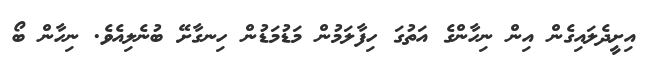
އިށީދެލައިގެން އިން ނިހާންގެ އަތުގަ ހިފާލަމުން މަޑުމަޑުން ހިނގާށޭ ބުނެލިއެވެ. ނިހާން ބޯ